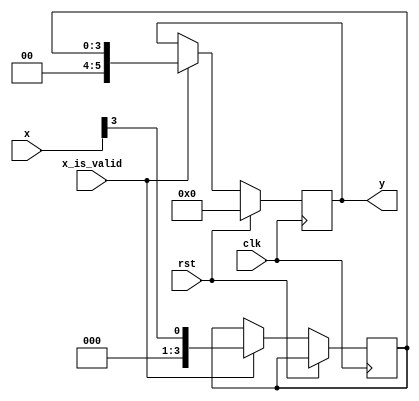
`timescale 1ns/1ps

module filters (
                  input x_is_valid,
                  input [3:0] x,
		          input rst,
		          input clk,
                  output reg [5:0] y 
                  );
 
   reg [3:0]	x1, x2;

   always @(posedge clk) begin 
	if (rst)
	begin
		y<=6'd0;
		x1<=4'd0;
	end
	
	else
	
	if (x_is_valid)
	begin
		x1<=x>>1;
		x2<=x>>3;
		y<=x2;
	end	
   end
	
endmodule